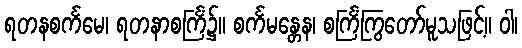
ရတနစင်္ကမေ၊ ရတနာစင်္ကြံ၌။ စင်္ကမန္တေန၊ စင်္ကြံကြွတော်မူသဖြင့်။ ဝါ၊